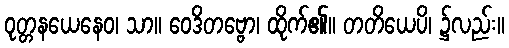
ဝုတ္တနယေနေဝ၊ သာ။ ဝေဒိတဗ္ဗော၊ ထိုက်၏။ တတိယေပိ၊ ၌လည်း။